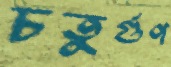
চতুর্গুণ